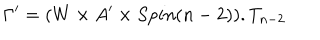
LaTeX: \Gamma ^ { \prime } = ( W \times A ^ { \prime } \times S p i n ( n - 2 ) ) . T _ { n - 2 }